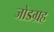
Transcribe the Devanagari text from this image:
जोडग्रह